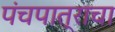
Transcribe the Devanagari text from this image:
पंचपात्राचा